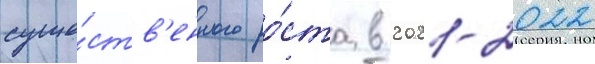
суще́ств'енного ро́ста в 2021-2022